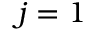
j = 1